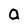
Character: a